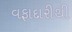
વફાદારીથી